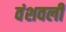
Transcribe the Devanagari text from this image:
वंशवली